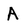
Character: A